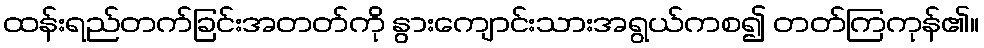
ထန်းရည်တက်ခြင်းအတတ်ကို နွားကျောင်းသားအရွယ်ကစ၍ တတ်ကြကုန်၏။